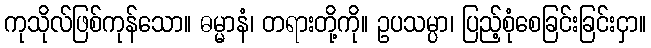
ကုသိုလ်ဖြစ်ကုန်သော။ ဓမ္မာနံ၊ တရားတို့ကို။ ဥပသမ္ပာ၊ ပြည့်စုံစေခြင်းခြင်းငှာ။